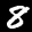
Label: 8